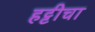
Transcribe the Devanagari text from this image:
हट्टीचा